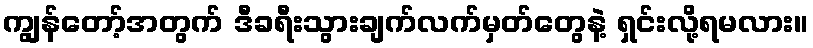
ကျွန်တော့်အတွက် ဒီခရီးသွားချက်လက်မှတ်တွေနဲ့ ရှင်းလို့ရမလား။